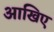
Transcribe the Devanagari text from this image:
आखिए